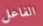
الفاعل